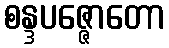
စန္ဒပဇ္ဇောတော